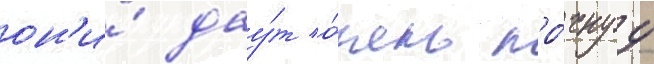
он'и́ дау́т о́чень про́чнуу